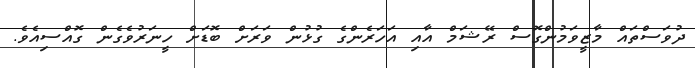
ދުވަސްތައް މާޒީވަމުންގޮސް ރޭޝަމް އާއި އަހަރެންގެ ގުޅުން ވަރަށް ބޮޑަށް ހީނަރުވެގެން ގޮއްސިއެވެ.